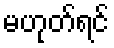
မဟုတ်ရင်